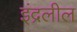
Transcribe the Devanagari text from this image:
इंद्रलील